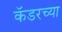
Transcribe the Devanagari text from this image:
कॅडरच्या